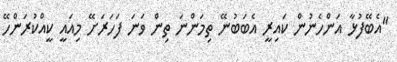
"އެބޭފުޅާ އަންހެނުން ކައިރީ އެބަބުނޭ ތިމަންނަ ތިން ވަނަ ފަހަރަށޭ މިއައީ ކީއްކުރަންހޭ